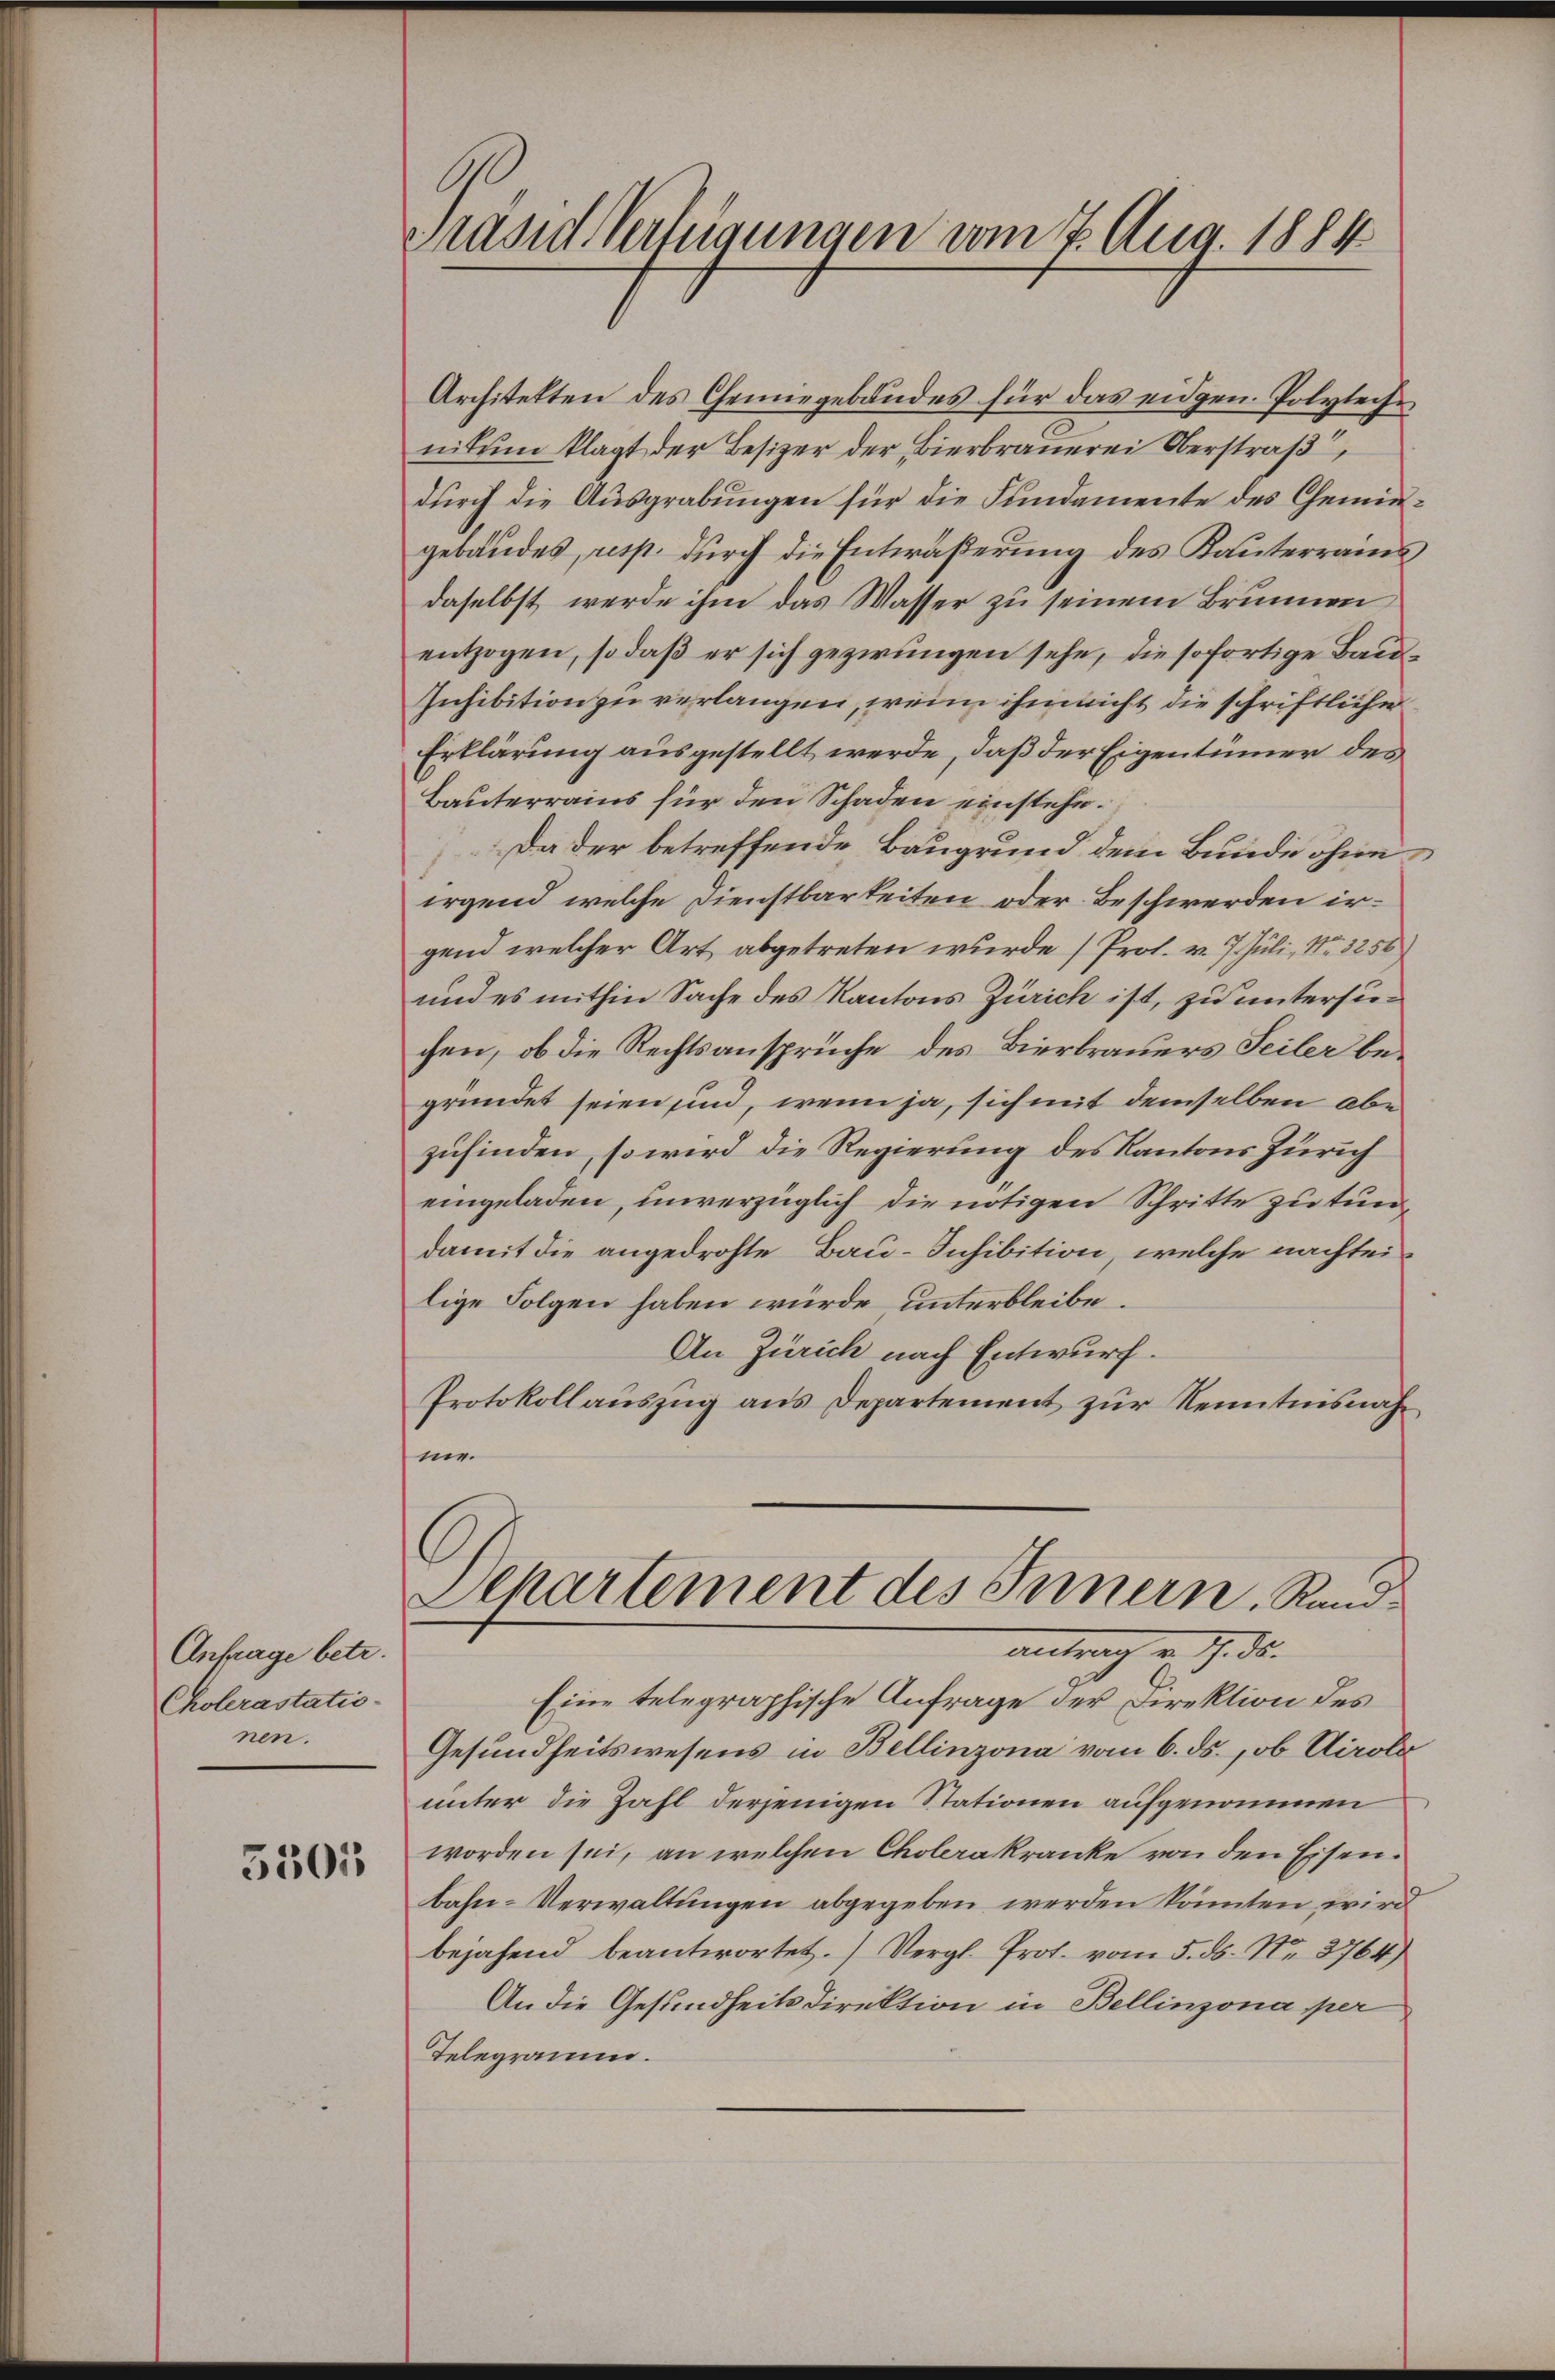
Antrage betr.
Cholerastatio-
nen.

5501

Präsid Verteigungen vom 7. Aug. 1884

Architekten des Gemiegebandes für das eidgen. Polytechnitum klagt der Besizer der Bierbrauerei Oberstraß
durch die Ausgrabungen für die Fundamente des Gemeigebäudes, resp. durch die Entwäßerung des Kauterramtdaselbst werde ihm das Wasser zu seinem Brunnen
entzogen, so daß er sich gezwungen sehe, die sofortige Bau¬
Inhibition zu verlangen, wenn ihm nicht die schriftliche
Erklärung ausgestellt werde, daß der Eigentümer des
Bauterrains für den Schaden einstehe.
Da der betreffende Baugrund dem Bunde ohne
irgend welche Dienstbarkeiten oder Beschwerden irgend welcher Art abgetreten wurde (Prof. v. 7. Juli, Nr. 3256)
und es mithin Sache des Kantons Zürich ist, zu untersuchen, ob die Rechtsansprüche des Bierbrauers Seiler begründet seien sind, wenn ja, sich mit demselben abe
zufinden, so wird die Regierung des Kantons Zürich
eingeladen, unverzüglich die nötigen Schritte zu tundamit die angedrohte Bau-Inhibition, welche nachteilige Folgen haben würde, unterbleibe.
An Zürich nach Entwurf.
Protokollauszug aus Departement zur Kenntnisnahme.
Sekartement des Innern, Rand¬
. d.
Eine telegraphische Anfrage der Direktion des
Gesundheitswesens in Bellinzona vom 6. ds. ob Airoler
unter die Zahl derjenigen Stationen aufgenommen
worden sei, an welchen Cholerakranke von den Eisen.
bahn-Verwaltungen abgegeben werden könnten wird
bejahend beantwortet. Vergl. Prot. vom 5. ds. Nr. 3764)
An die Gesundheitsdirektion in Bellinzona per
Telegramm.